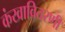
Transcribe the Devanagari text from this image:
कंखावितरणी